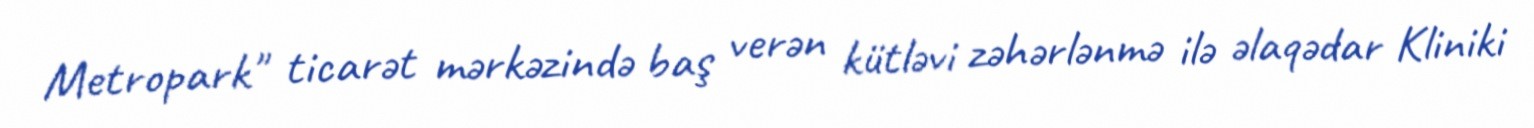
Metropark" ticarət mərkəzində baş verən kütləvi zəhərlənmə ilə əlaqədar Kliniki